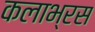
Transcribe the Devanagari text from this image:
कलाभ्रस